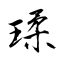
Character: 瑈